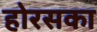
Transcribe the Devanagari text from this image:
होरसका